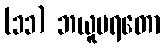
(၁၁) ဘယူပရတော